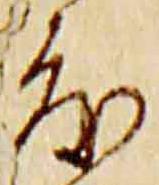
度